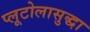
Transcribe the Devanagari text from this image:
प्लूटोलासुद्धा